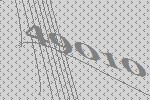
49010